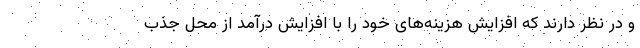
و در نظر دارند که افزایش هزینه‌های خود را با افزایش درآمد از محل جذب